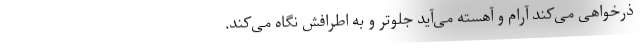
ذرخواهی می‌کند آرام و آهسته می‌آید جلوتر و به اطرافش نگاه می‌کند.